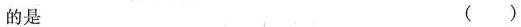
的是 ()